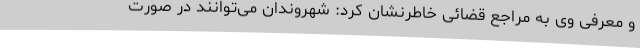
و معرفی وی به مراجع قضائی خاطرنشان کرد: شهروندان می‌توانند در صورت